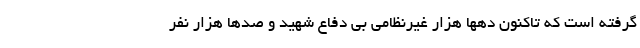
گرفته است که تاکنون دهها هزار غیرنظامی بی دفاع شهید و صدها هزار نفر